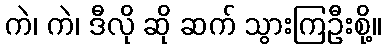
ကဲ၊ ကဲ၊ ဒီလို ဆို ဆက် သွားကြဦးစို့။